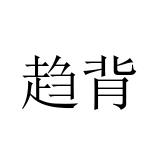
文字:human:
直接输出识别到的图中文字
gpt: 趋背